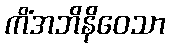
ကိံအဘိနိဝေသာ